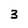
Character: 3